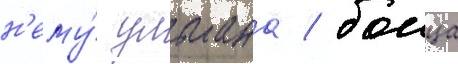
н'ему́ ульмана / боица